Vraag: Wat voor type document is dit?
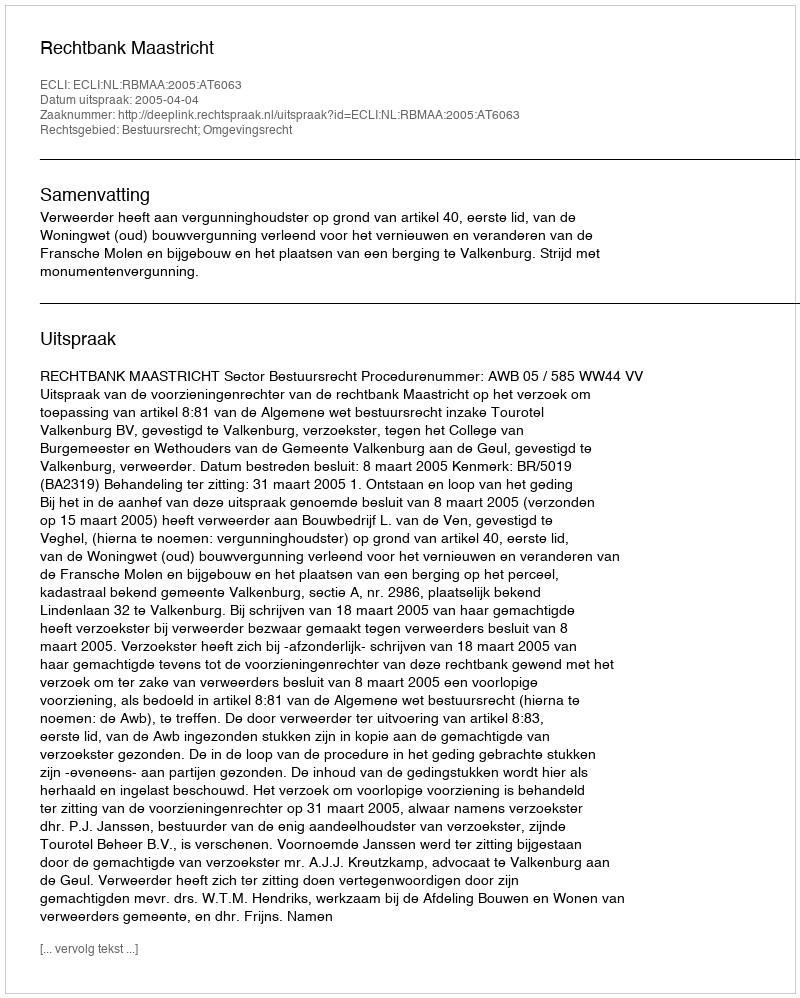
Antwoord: Uitspraak